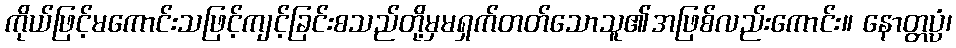
ကိုယ်ဖြင့်မကောင်းသဖြင့်ကျင့်ခြင်းစသည်တို့မှမရှက်တတ်သောသူ၏အဖြစ်လည်းကောင်း။ နောတ္တပ္ပံ၊